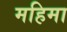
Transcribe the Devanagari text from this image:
महिमा